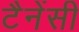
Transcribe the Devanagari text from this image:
टैनेंसी